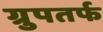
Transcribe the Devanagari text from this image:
ग्रुपतर्फ